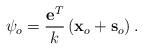
LaTeX: \begin{align*}\psi_o= \frac{{{\mathbf{e}}^{T}}}{k}\left( {{\mathbf{x}}_{o}}+{{\mathbf{s}}_{o}} \right).\end{align*}